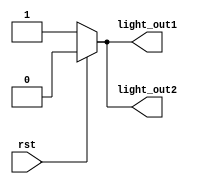
module hazard_light(rst,light_out1,light_out2);

input rst;
output reg light_out1,light_out2;

always@(*)
begin
	if(rst)
		begin
		light_out1 <= 0;
		light_out2 <= 0;
		end
	else
		begin
		light_out1 <= 1;
		light_out2 <= 1;
		end
end

endmodule